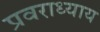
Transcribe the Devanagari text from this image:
प्रवराध्याय